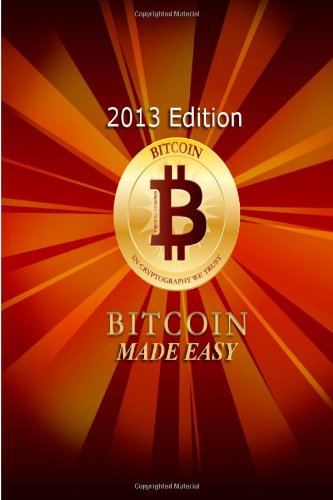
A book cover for BitCoin Made Easy; Anonymous; Computers & Technology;